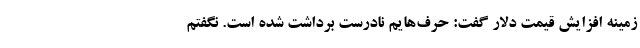
زمینه افزایش قیمت دلار گفت: حرف‌هایم نادرست برداشت شده است. نگفتم